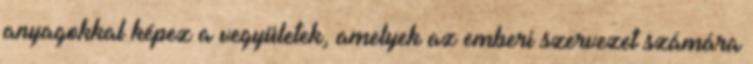
anyagokkal képez a vegyületek, amelyek az emberi szervezet számára